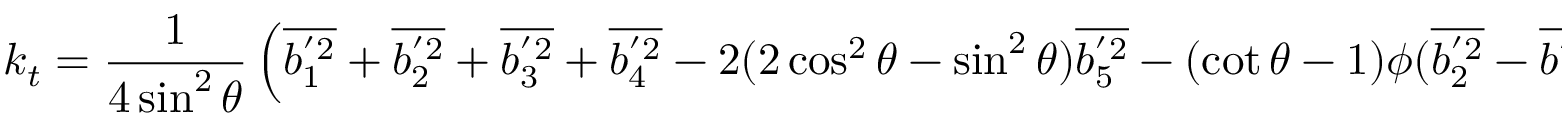
k _ { t } = \frac { 1 } { 4 \sin ^ { 2 } { \theta } } \left( \overline { { b _ { 1 } ^ { ' 2 } } } + \overline { { b _ { 2 } ^ { ' 2 } } } + \overline { { b _ { 3 } ^ { ' 2 } } } + \overline { { b _ { 4 } ^ { ' 2 } } } - 2 ( 2 \cos ^ { 2 } { \theta } - \sin ^ { 2 } { \theta } ) \overline { { b _ { 5 } ^ { ' 2 } } } - ( \cot { \theta } - 1 ) \phi ( \overline { { b _ { 2 } ^ { ' 2 } } } - \overline { { b _ { 1 } ^ { ' 2 } } } ) \right) .